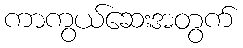
ကာကွယ်ဆေးအတွက်